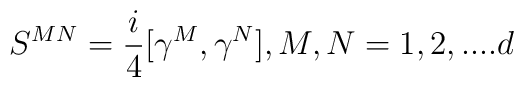
S^{MN}={i\over 4}[\gamma^M,\gamma^N], M,N=1,2,....d